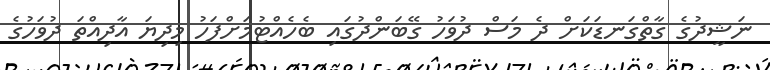
ނަޝީދުގެ ގާތްގަނޑަކަށް ދެ މަސް ދުވަހު ގޭބަންދުގައި ބެހެއްޓުމަށްފަހު މިދިޔަ އާދިއްތަ ދުވަހުގެ